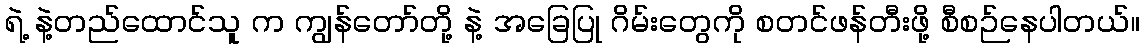
ရဲ့ နဲ့တည်ထောင်သူ က ကျွန်တော်တို့ နဲ့ အခြေပြု ဂိမ်းတွေကို စတင်ဖန်တီးဖို့ စီစဉ်နေပါတယ်။